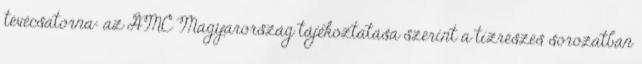
tévécsatorna: az AMC Magyarország tájékoztatása szerint a tízrészes sorozatban